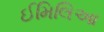
ઈમિલિઆ